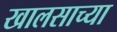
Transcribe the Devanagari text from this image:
खालसाच्या